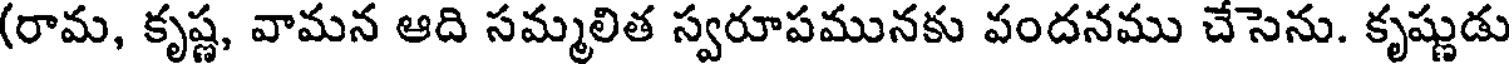
(రామ, కృష్ణ, వామన ఆది సమ్మలిత స్వరూపమునకు వందనము చేసెను. కృష్ణుడు